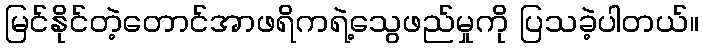
မြင်နိုင်တဲ့တောင်အာဖရိကရဲ့သွေဖည်မှုကို ပြသခဲ့ပါတယ်။